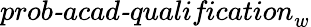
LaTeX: \textit{prob-acad-qualification}_{w}